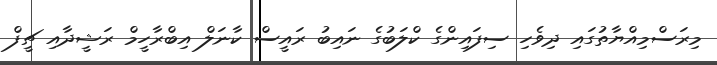
މިރަސްމިއްޔާތުގައި ދިވެހި ސިފައިންގެ ކްލަބުގެ ނައިބު ރައީސް ކާނަލް އިބްރާހީމް ރަޝީދާއި ޗީފް